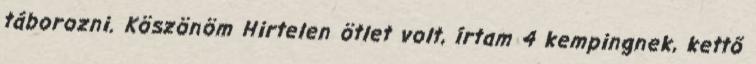
táborozni. Köszönöm Hirtelen ötlet volt, írtam 4 kempingnek, kettő